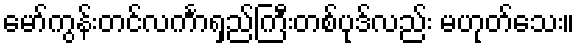
မော်ကွန်းတင်လင်္ကာရှည်ကြီးတစ်ပုဒ်လည်း မဟုတ်သေး။